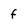
Character: f